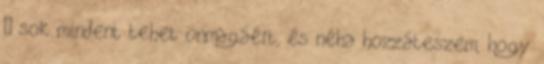
— sok mindent tehet önmagáért, és néha hozzáteszem, hogy